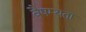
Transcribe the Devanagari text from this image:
वैषम्यता